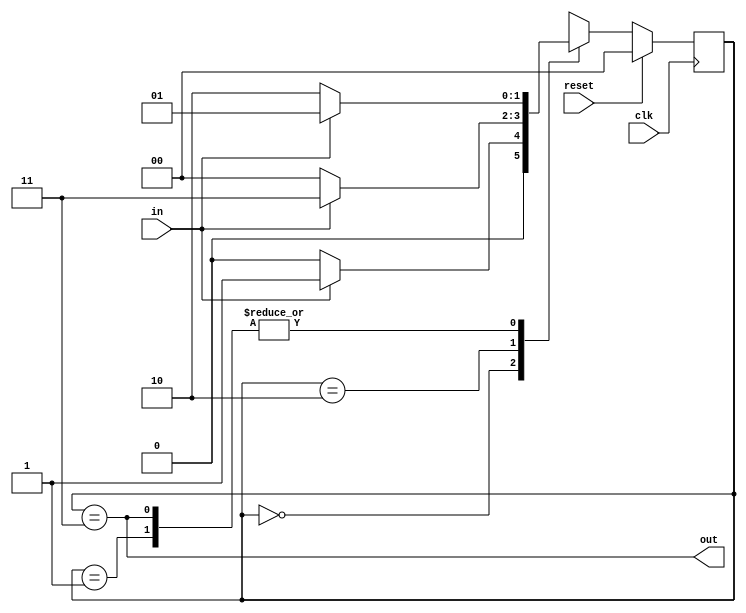
module top_module(
    input clk,
    input in,
    input reset,
    output out); //

    parameter A=2'b00, B=2'b01, C=2'b10, D=2'b11;
    reg [1:0] state, next_state;
    // State transition logic
    always @(*)   begin
        case(state)
            A: next_state <= in? B:A;
            B: next_state <= in? B:C;
            C: next_state <= in? D:A;
            D: next_state <= in? B:C;
        endcase
    end

    // State flip-flops with synchronous reset
    always @(posedge clk)   begin
        if(reset)
            state <= A;
        else
            state <= next_state;
    end

    // Output logic
    assign out = (state==D);

endmodule